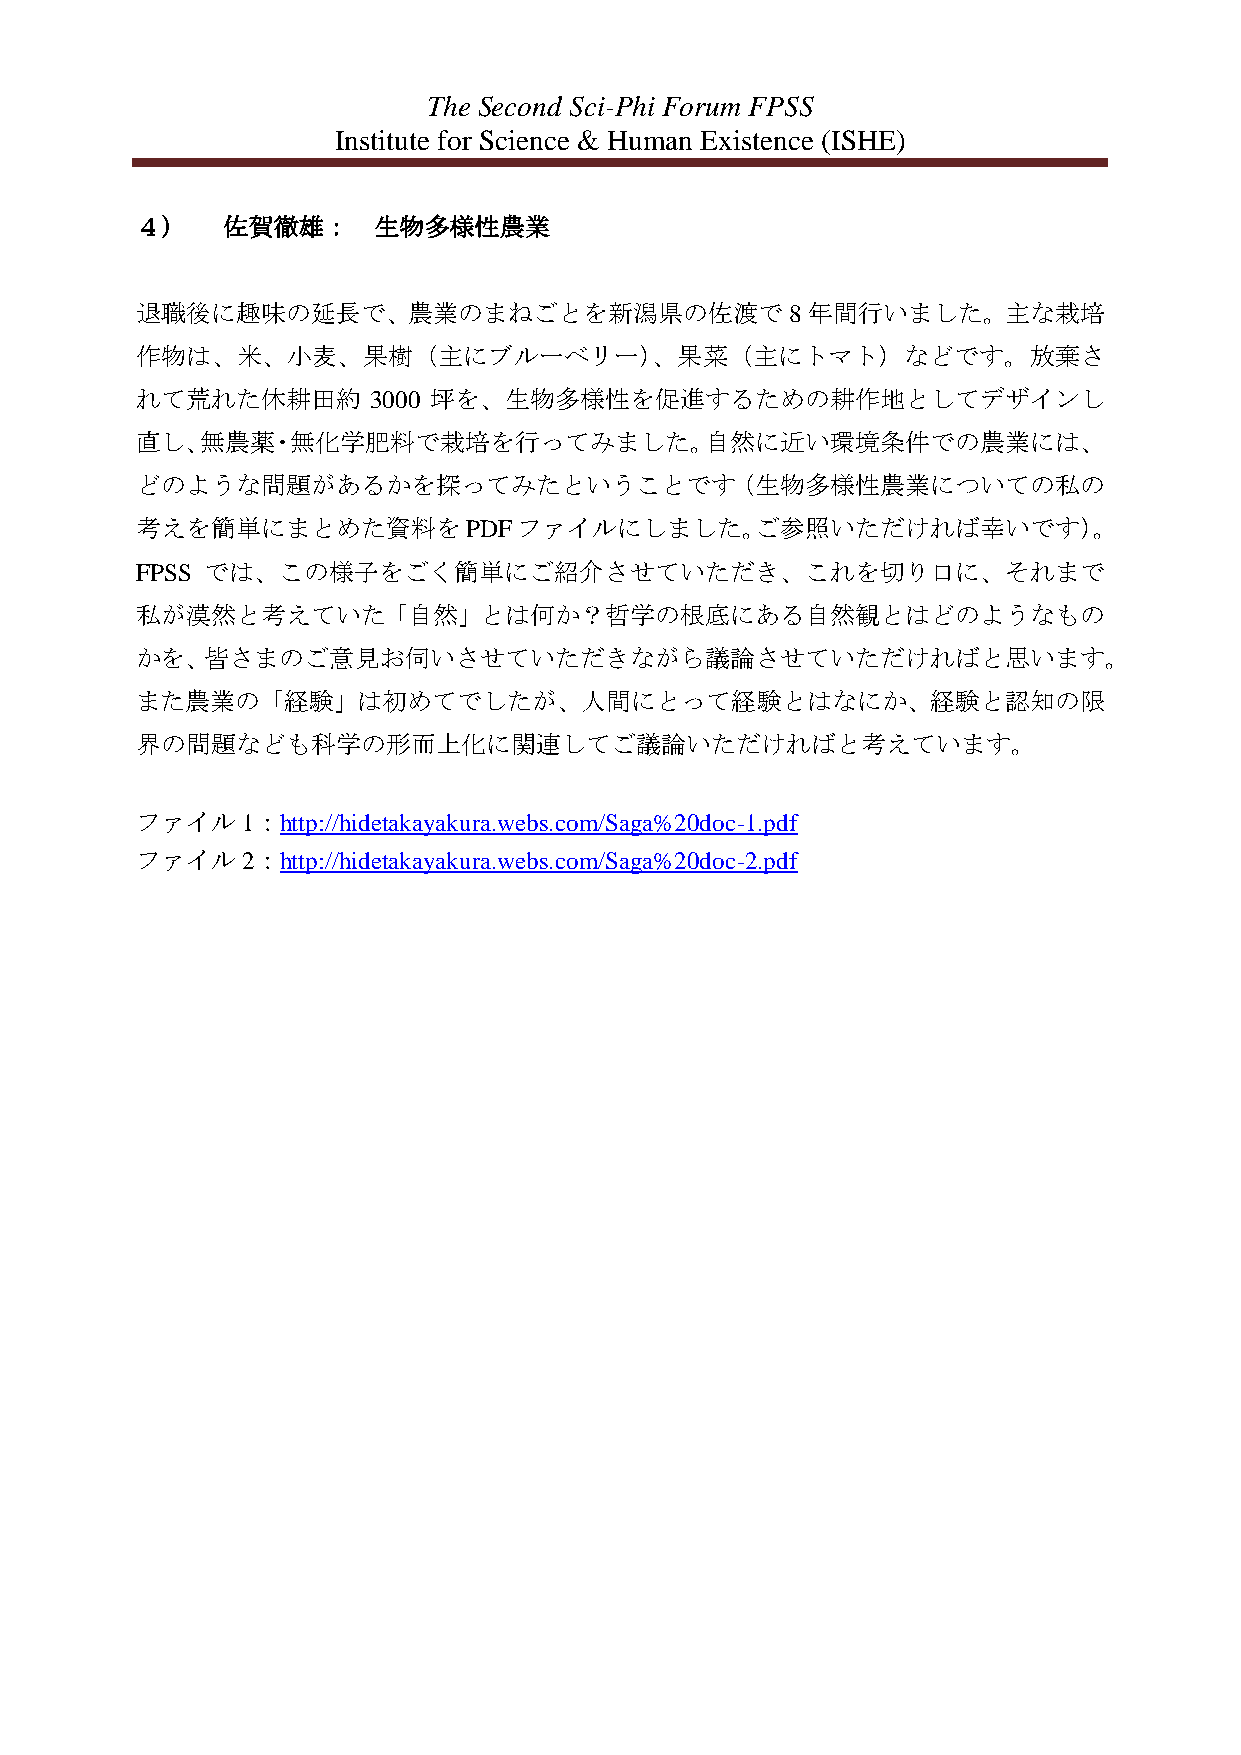
The Second Sci-Phi Forum FPSS
 Institute for Science & Human Existence (ISHE)
 ４）    佐賀徹雄：     生物多様性農業
 退職後に趣味の延長で、農業のまねごとを新潟県の佐渡で                 8年間行いました。主な栽培
 作物は、米、小麦、果樹（主にブルーベリー）、果菜（主にトマト）などです。放棄さ
 れて荒れた休耕田約      3000 坪を、生物多様性を促進するための耕作地としてデザインし
 直し、無農薬・無化学肥料で栽培を行ってみました。自然に近い環境条件での農業には、
 どのような問題があるかを探ってみたということです（生物多様性農業についての私の
 考えを簡単にまとめた資料をPDFファイルにしました。ご参照いただければ幸いです）。
 FPSS では、この様子をごく簡単にご紹介させていただき、これを切り口に、それまで
 私が漠然と考えていた「自然」とは何か？哲学の根底にある自然観とはどのようなもの
 かを、皆さまのご意見お伺いさせていただきながら議論させていただければと思います。
 また農業の「経験」は初めてでしたが、人間にとって経験とはなにか、経験と認知の限
 界の問題なども科学の形而上化に関連してご議論いただければと考えています。
 ファイル1：http://hidetakayakura.webs.com/Saga%20doc-1.pdf
 ファイル2：http://hidetakayakura.webs.com/Saga%20doc-2.pdf